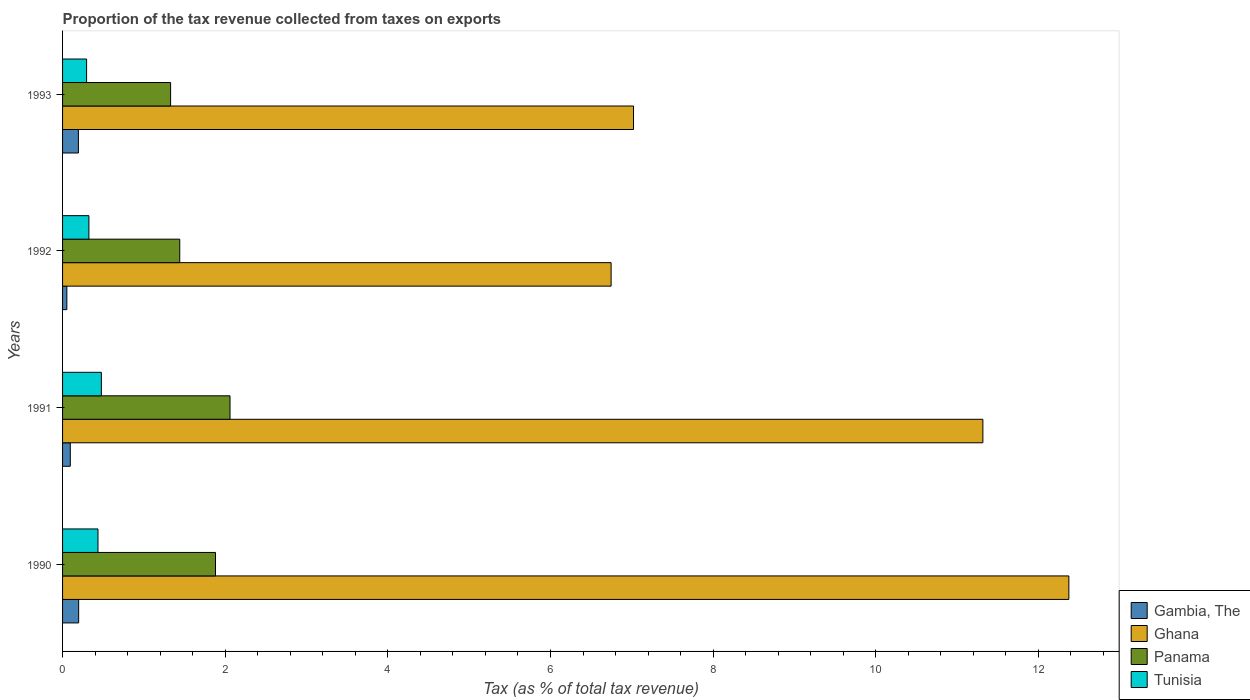
| Years | Gambia, The | Ghana | Panama | Tunisia |
 | --- | --- | --- | --- | --- |
 | 1990 | 0.198 | 12.4 | 1.88 | 0.436 |
 | 1991 | 0.0948 | 11.3 | 2.06 | 0.477 |
 | 1992 | 0.0527 | 6.75 | 1.44 | 0.324 |
 | 1993 | 0.195 | 7.02 | 1.33 | 0.295 |